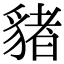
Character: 𧳯